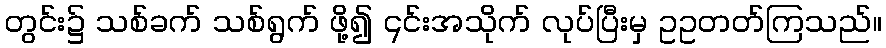
တွင်း၌ သစ်ခက် သစ်ရွက် ဖို့၍ ၎င်းအသိုက် လုပ်ပြီးမှ ဥဥတတ်ကြသည်။